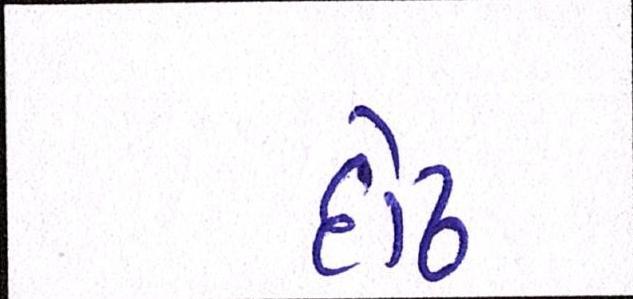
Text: દોઢ